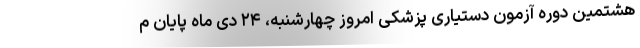
هشتمین دوره آزمون دستیاری پزشکی امروز چهارشنبه، ۲۴ دی ماه پایان م